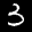
Label: 3